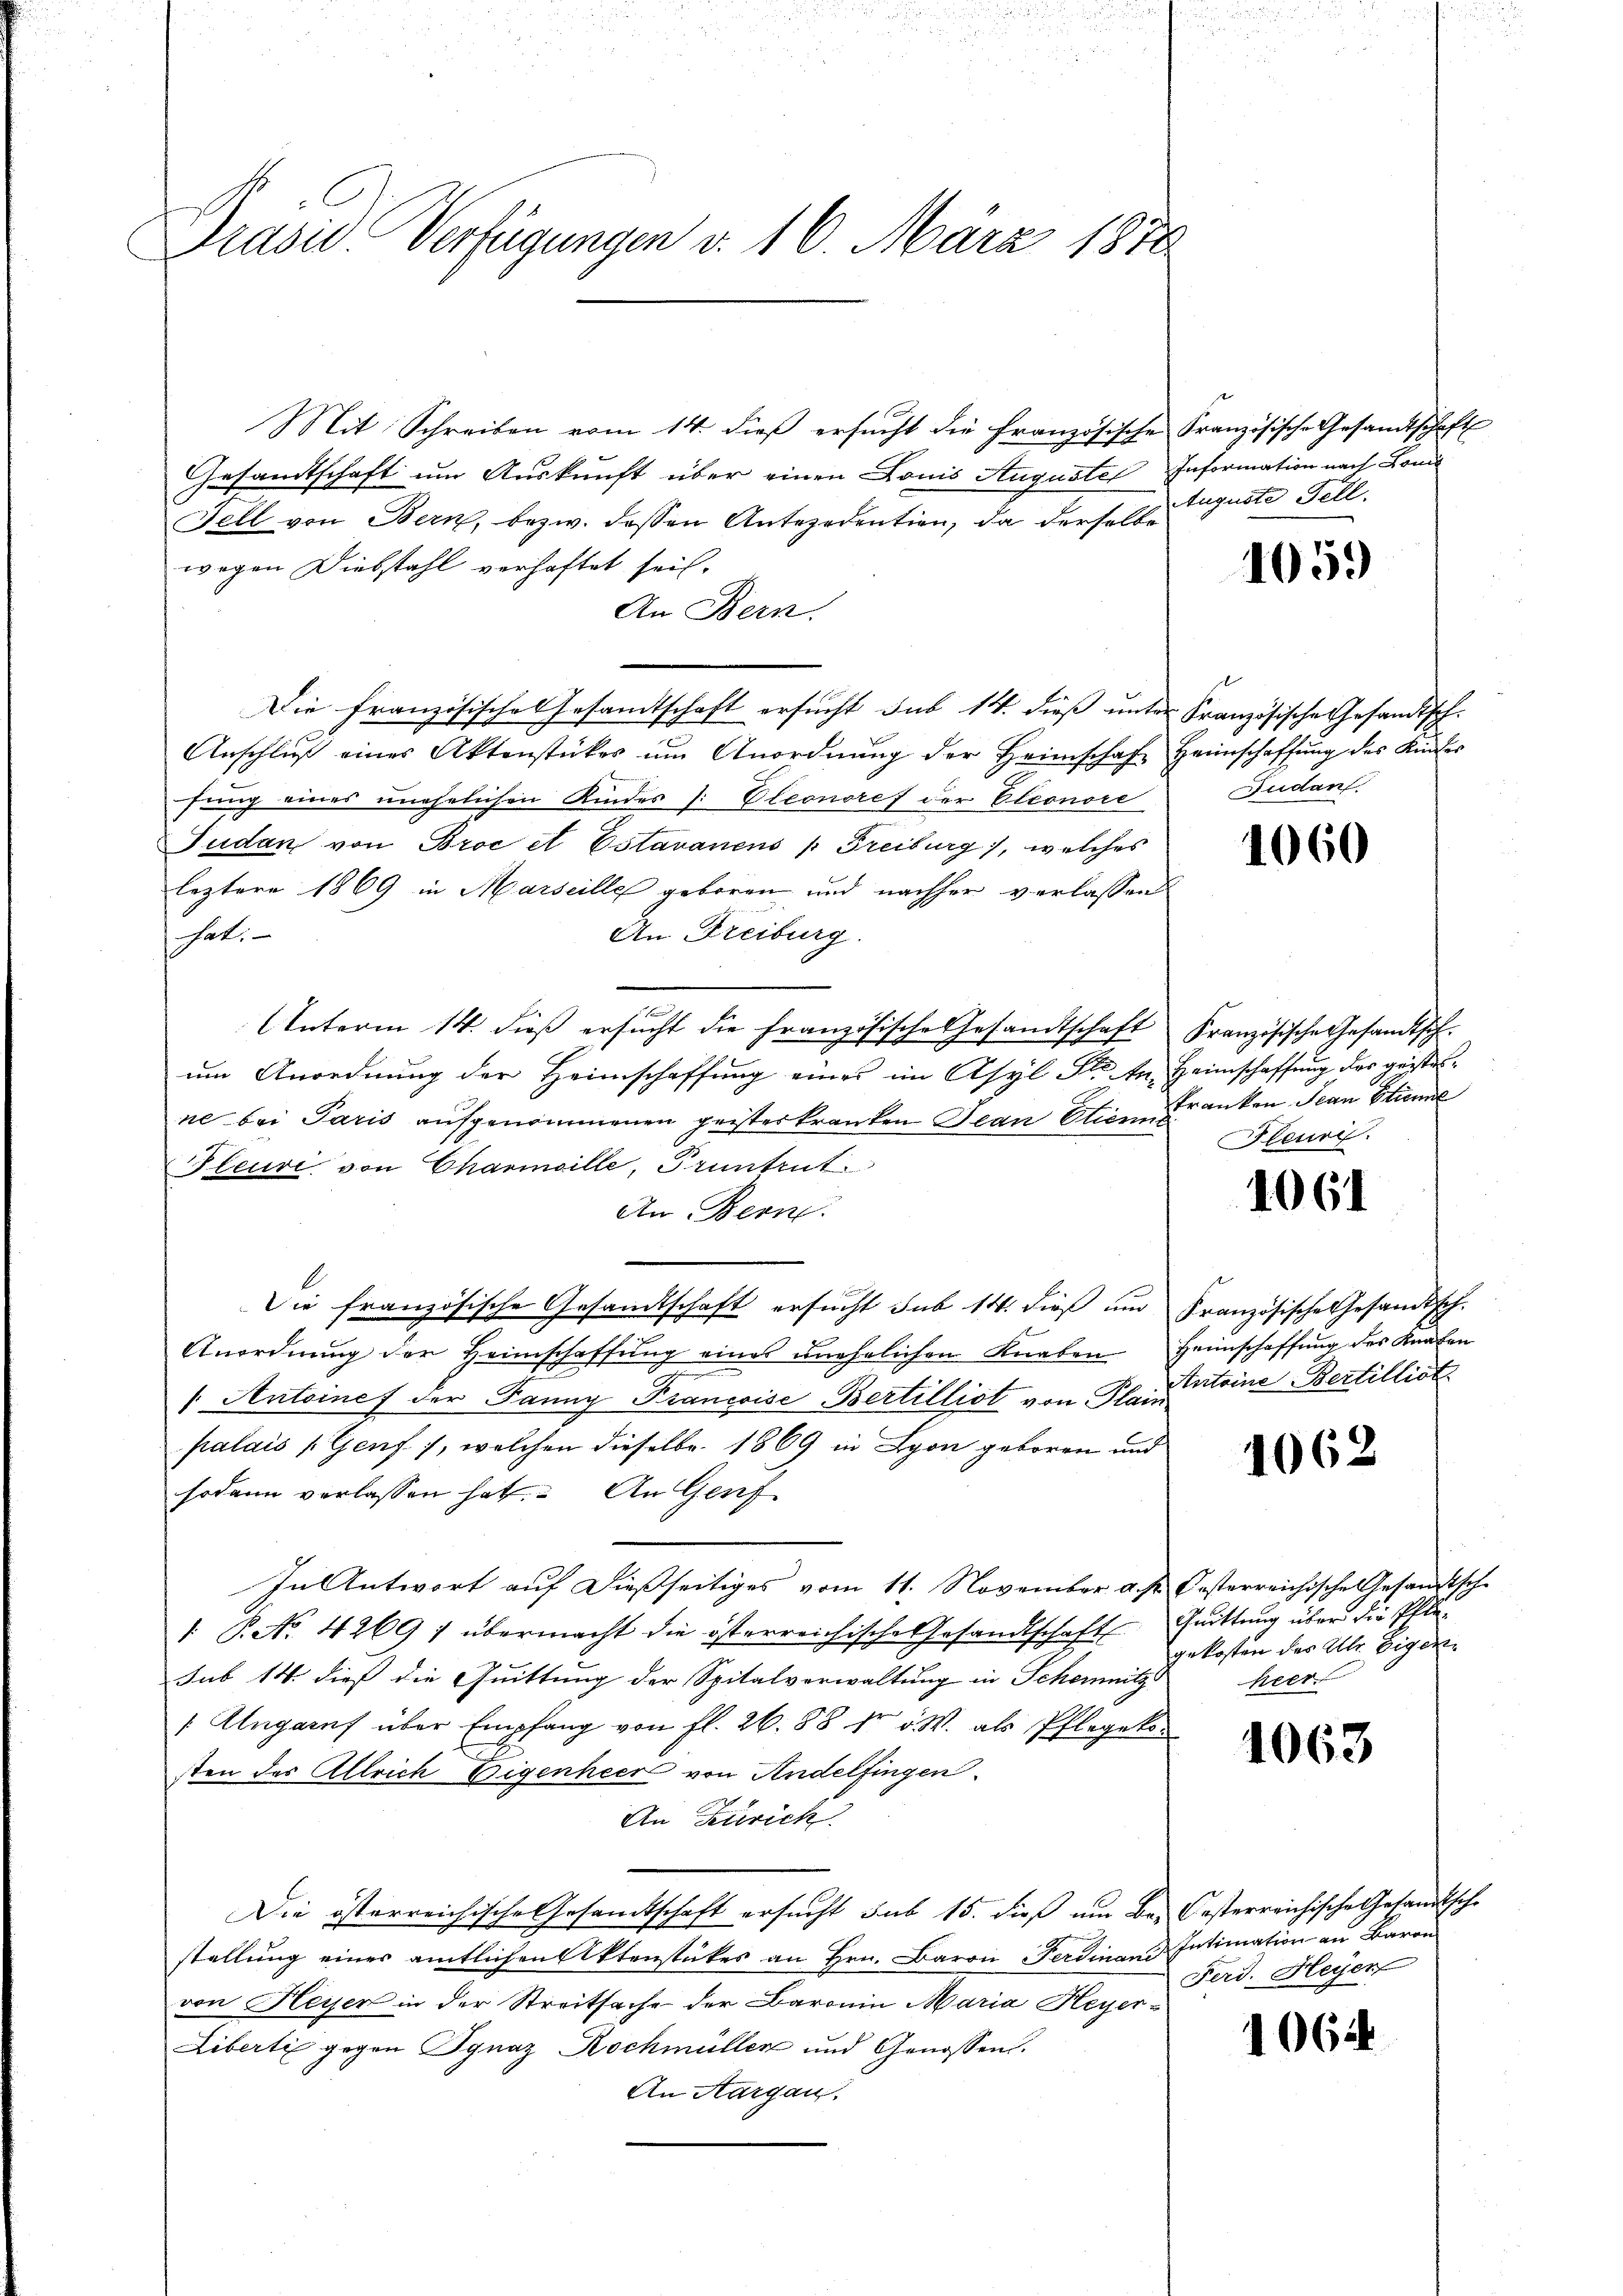
Prasie Verfügungen v. 16. März 1878

Mit Schreiben vom 14. dieβ ersŭcht die französische Französische Gesandtschaft
Gesandtschaft um Auskunft über einen Lonis Augustes Information nach Bon
Fell von Bern, bezw. dessen Antecedention, da derselbe guote Fell
wegen Diebstahl verhaftet sei,
An Bern.
Die französische Gesamtschaft ersucht sub 14. dieß unter Französische Gesandtsch-
Anschluß eines Aktenstückes um Anordnŭng der Heimschaft Heimschaffŭng des Kindes
fung eines unehelichen Kindes /: Eleonoref der Eleonore Pudant
Judan von Broe et Estavanens " Freiburg), welches
leztere 1869 in Marseille geboren und nachher verlassen
An Freiburg.
hat:
n
Unterm 14. dieß ersucht die Französische Gesandtschaft Französische Gesamtsch-
um Anordnung der Heimschaffung eines im Asyl Dr. An Heimschaffung des geisterne bei Paris aufgenommenen geisterkranken Jean Etien Kranken Jean Etien
Pleure von Charmoille, Pruntrut
An Bern.
Die französische Gesandtschaft ersucht sub 14. dieß und Französische Gesandtsch.
Anordnŭng der Heimschaffŭng eines unehelichen Knaben Heimschaffŭng des Knaben
/. Antoinef der Panny Francoise Bertillist von Plaintoine Bertilliot
palais (Genf 1, welchen dieselbe 1869 in Lyon geboren und
sodann verlassen hat. An Genf
In Antwort aŭf dießseitiges vom 11. November a. p. Posterreichische Gesandtsch-
. P. No. 4269) übermacht die österreichische Gesandtschaft Quittung über die Pflesub 14. dieß die Quittung der Spitalverwaltung in Schemnitz
/ Ungarns über Empfang von fl. 26. 88 fr v. W. als Pflegek
sten des Allrich Eigenheer von Andelfingen.
An Zürich
Die österreichische Gesandtschaft ersucht sub 15. dieß um Be- Oesterreichische Gesandtsche
stellung einer amtlichen Aktenstückes an Hrn. Baron Ferdinand Intimation an Baron
von Heiser in der Streitsache der Baronia Maria Heyer¬
Liberti gegen Ignaz Rochmüller und Genossen.
An Aargau.

1059

1060

Feure

1061

1062

gekosten des Ulr. Eigen
heer

1063

Ferd. Heyer

1064